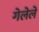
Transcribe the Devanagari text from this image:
गेलेलें